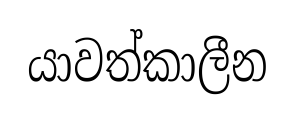
යාවත්කාලීන